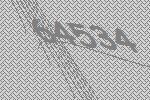
64534